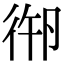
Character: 𢓷